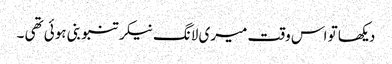
دیکھا تو اس وقت میری لانگ نیکر تنبو بنی ہوئی تھی ۔